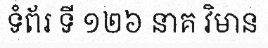
ទំព័រ ទី ១២៦ នាគ វិមាន